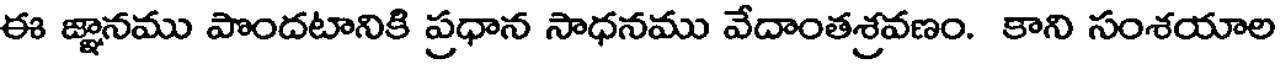
ఈ జ్ఞానము పొందటానికి ప్రధాన సాధనము వేదాంతశ్రవణం. కాని సంశయాల